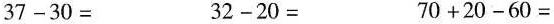
$$37-30=$$ $$32-20=$ $$70+20-60=$$